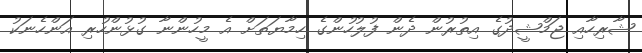
ޝާރިހާއި ޖަމްޝީދުގެ އިތުރުން ދެން ފުލުހުންގެ ހިމާޔަތަށް އެ މީހުންނާ ގުޅުންހުރި އަންހެނަކު